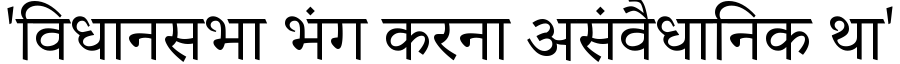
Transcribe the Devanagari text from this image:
'विधानसभा भंग करना असंवैधानिक था'